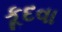
કૂદવા